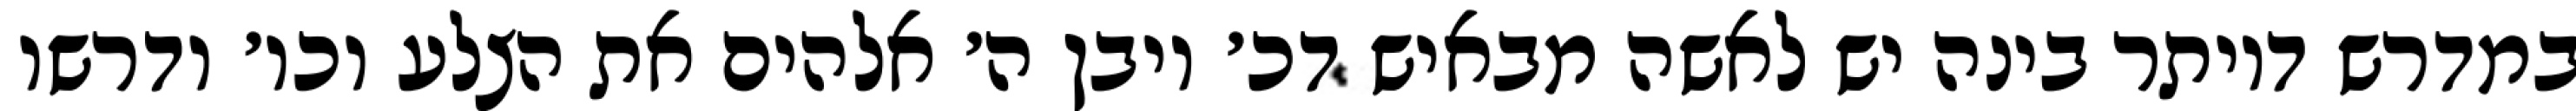
במדרש דיותר בינה יש לאשה מבאיש דכ׳ ויבן ה׳ אלהים את הצלע וכו׳ ודרשו